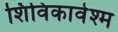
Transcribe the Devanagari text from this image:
शिविकावेश्म